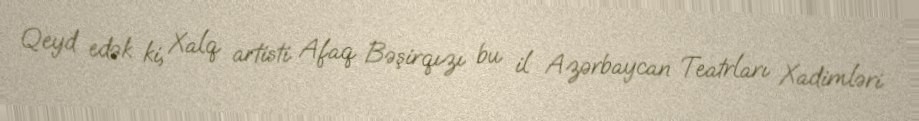
Qeyd edək ki, Xalq artisti Afaq Bəşirqızı bu il Azərbaycan Teatrları Xadimləri